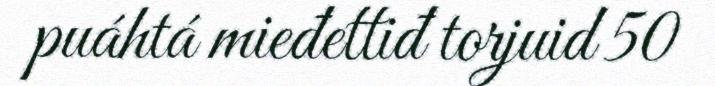
puáhtá mieđettiđ torjuid 50